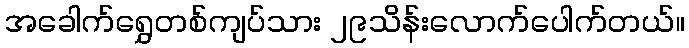
အခေါက်ရွှေတစ်ကျပ်သား ၂၉သိန်းလောက်ပေါက်တယ်။